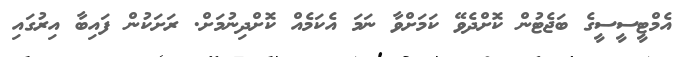
އެމްޓީސީސީގެ ބަޖެޓުން ކޮށްދެވޭ ކަމަށްވާ ނަމަ އެކަމެއް ކޮށްދިނުމަށް. ރަށަކުން ފައިބާ އިރުގައި